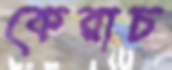
কেরাচ